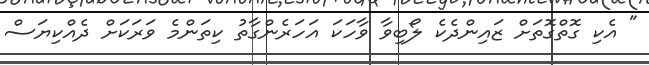
" އެކި ގޮތްގޮތަށް ޒައިންދެކެ ލޯބިވާ ވާހަކަ އަހަރެންގާތު ކިތަންމެ ވަރަކަށް ދެއްކިޔަސް